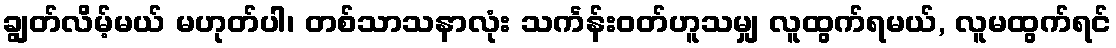
ချွတ်လိမ့်မယ် မဟုတ်ပါ၊ တစ်သာသနာလုံး သင်္ကန်းဝတ်ဟူသမျှ လူထွက်ရမယ်, လူမထွက်ရင်